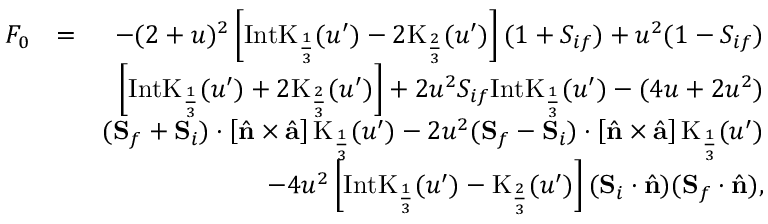
\begin{array} { r l r } { F _ { 0 } } & { = } & { - ( 2 + u ) ^ { 2 } \left[ \mathrm { I n t K } _ { \frac { 1 } { 3 } } ( u ^ { \prime } ) - 2 \mathrm { K } _ { \frac { 2 } { 3 } } ( u ^ { \prime } ) \right] ( 1 + { S } _ { i f } ) + u ^ { 2 } ( 1 - { S } _ { i f } ) } \\ & { } & { \left[ \mathrm { I n t K } _ { \frac { 1 } { 3 } } ( u ^ { \prime } ) + 2 \mathrm { K } _ { \frac { 2 } { 3 } } ( u ^ { \prime } ) \right] + 2 u ^ { 2 } { S } _ { i f } \mathrm { I n t K } _ { \frac { 1 } { 3 } } ( u ^ { \prime } ) - ( 4 u + 2 u ^ { 2 } ) } \\ & { } & { ( { \bf S } _ { f } + { \bf S } _ { i } ) \cdot \left[ \hat { \bf n } \times \hat { { \bf a } } \right] \mathrm { K } _ { \frac { 1 } { 3 } } ( u ^ { \prime } ) - 2 u ^ { 2 } ( { \bf S } _ { f } - { \bf S } _ { i } ) \cdot \left[ \hat { \bf n } \times \hat { { \bf a } } \right] \mathrm { K } _ { \frac { 1 } { 3 } } ( u ^ { \prime } ) } \\ & { } & { - 4 u ^ { 2 } \left[ \mathrm { I n t K } _ { \frac { 1 } { 3 } } ( u ^ { \prime } ) - \mathrm { K } _ { \frac { 2 } { 3 } } ( u ^ { \prime } ) \right] ( { \bf S } _ { i } \cdot \hat { \bf n } ) ( { \bf S } _ { f } \cdot \hat { \bf n } ) , } \end{array}